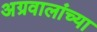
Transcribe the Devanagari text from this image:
अग्रवालांच्या